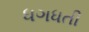
ધગધતી